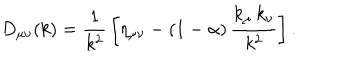
D _ { \mu \nu } ( k ) = { \frac { 1 } { k ^ { 2 } } } \left[ \eta _ { \mu \nu } - \left( 1 - \alpha \right) { \frac { k _ { \mu } \, k _ { \nu } } { k ^ { 2 } } } \right] .